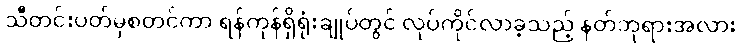
သီတင်းပတ်မှစတင်ကာ ရန်ကုန်ရှိရုံးချုပ်တွင် လုပ်ကိုင်လာခဲ့သည့် နတ်ဘုရားအလား